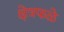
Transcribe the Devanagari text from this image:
क्षेत्रफळे